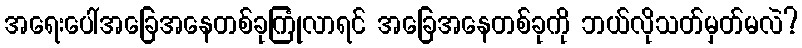
အရေးပေါ်အခြေအနေတစ်ခုကြုံလာရင် အခြေအနေတစ်ခုကို ဘယ်လိုသတ်မှတ်မလဲ?